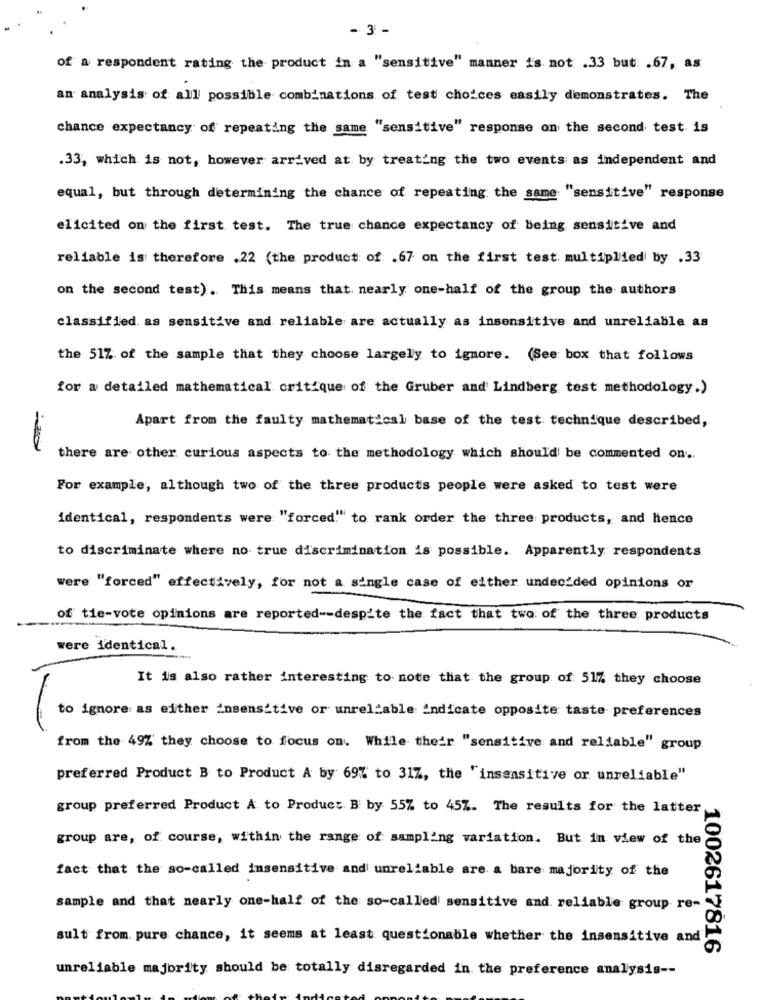
- 3 -
of a respondent rating the product in a "sensitive" manner is not .33 but: . 67, as
an analysis of all possible combinations of test choices easily demonstrates. The
chance expectancy of repeating the same "sensitive" response on the second test is
.33, which is not, however arrived at by treating the two events as independent and
equal, but through determining the chance of repeating the same "sensitive" response
elicited on the first test. The true chance expectancy of being sensitive and
reliable is therefore .22 (the product of .67 on the first test: multiplied by .33
on the second test) . This means that. nearly one-half of the group the authors
classified as sensitive and reliable are actually as insensitive and unreliable as
the 51%. of the sample that they choose largely to ignore. (See box that follows
for a detailed mathematical critique of the Gruber and' Lindberg test methodology.)
Apart from the faulty mathematical base of the test technique described,
there are other curious aspects to the methodology which should be commented on ..
For example, although two of the three products people were asked to test were:
identical, respondents were "forced" to rank order the three products, and hence
to discriminate where no true discrimination is possible. Apparently respondents
were "forced" effectively, for not a single case of either undecided opinions or
of tie-vote opinions are reported -- despite the fact that two of the three products
were identical.
It is also rather interesting to note that the group of 517 they choose
to ignore as either insensitive or unreliable indicate opposite taste preferences
from the 49% they choose to focus on. While their "sensitive and reliable" group
preferred Product B to Product A by 69% to 317, the "insensitive or unreliable"
group preferred Product A to Product B by 55% to 45%. The results for the latter
group are, of course, within the range of sampling variation. But in view of the
fact that the so-called insensitive and unreliable are a bare majority of the
sample and that nearly one-half of the so-called sensitive and. reliable group re-
sult from pure chance, it seems at least questionable whether the insensitive and
1002617816
unreliable majority should be totally disregarded in the preference analysis --